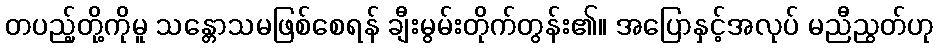
တပည့်တို့ကိုမူ သန္တောသမဖြစ်စေရန် ချီးမွမ်းတိုက်တွန်း၏။ အပြောနှင့်အလုပ် မညီညွတ်ဟု